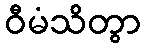
ဝီမံသိတွာ